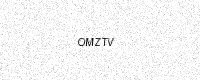
Text: OMZTV